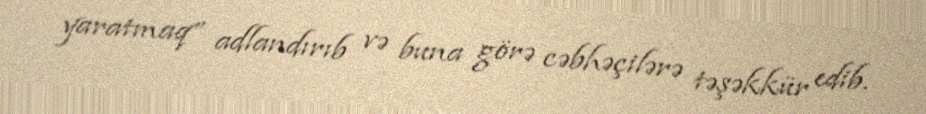
yaratmaq” adlandırıb və buna görə cəbhəçilərə təşəkkür edib.